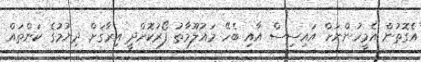
އެގޮތުން އެމީހުންނަށް އައިސިސް އާއި ބެހޭ މައުލޫމާތު ފޯރުކޮށްދީ އިރާޤަށް ދިޔުމުގެ ކަންތައް